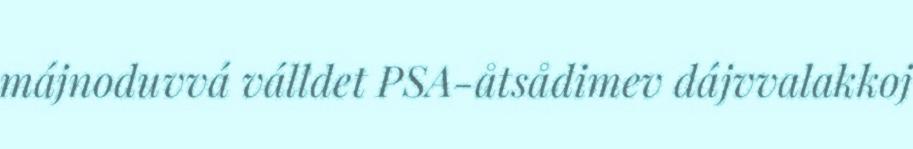
májnoduvvá válldet PSA-åtsådimev dájvvalakkoj